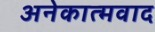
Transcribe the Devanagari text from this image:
अनेकात्मवाद